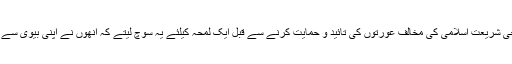
کاش مودی جی شریعت اسلامی کی مخالف عورتوں کی تائید و حمایت کرنے سے قبل ایک لمحہ کیلئے یہ سوچ لیتے کہ انھوں نے اپنی بیوی سے انصاف کیا ؟